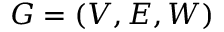
G = ( V , E , W )